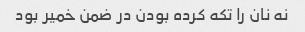
نه نان را تکه کرده بودن در ضمن خمیر بود